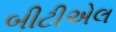
બીટીએલ